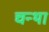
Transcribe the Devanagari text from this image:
चन्था